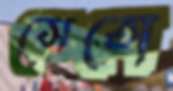
সেতো